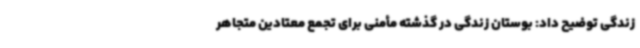
زندگی توضیح داد: بوستان زندگی در گذشته مأمنی برای تجمع معتادین متجاهر